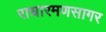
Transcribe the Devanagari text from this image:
राधारमणसागर